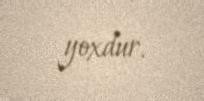
yoxdur.